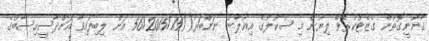
ޤާނޫނީގޮތުން ގެޒެޓްކުރެވޭ ލިޔުން މި ސުކޫލުގެ އިޢުލާނު ނަންބަރު()56/2015/15 އަށް ލިބިފައިވާ އަންދާސީހިސާބުގެ